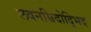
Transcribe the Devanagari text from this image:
लवनम्रिदोद्भिद